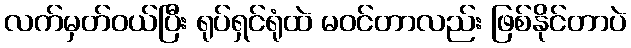
လက်မှတ်ဝယ်ပြီး ရုပ်ရှင်ရုံထဲ မဝင်တာလည်း ဖြစ်နိုင်တာပဲ